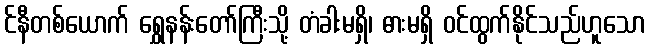
င်နီတစ်ယောက် ရွှေနန်းတော်ကြီးသို့ တံခါးမရှိ၊ ဓားမရှိ ဝင်ထွက်နိုင်သည်ဟူသော